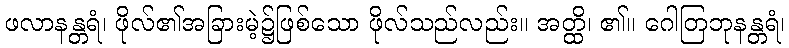
ဖလာနန္တရံ၊ ဖိုလ်၏အခြားမဲ့၌ဖြစ်သော ဖိုလ်သည်လည်း။ အတ္ထိ၊ ၏။ ဂေါတြဘုနန္တရံ၊